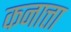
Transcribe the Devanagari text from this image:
कनात्ता